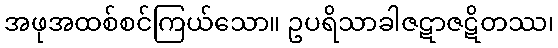
အဖုအထစ်စင်ကြယ်သော။ ဥပရိသာခါဇဋာဇဋိတဿ၊